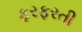
ફરફરતી